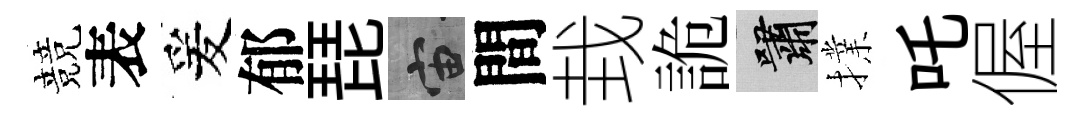
競表爰郁琵宙間㘽詭嘯擈吒偓